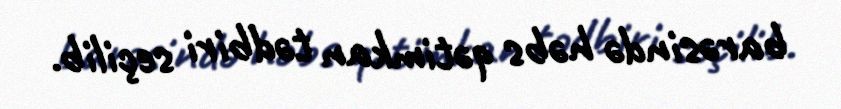
barəsində həbs qətimkan tədbiri seçilib.